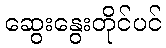
ဆွေးနွေးတိုင်ပင်